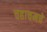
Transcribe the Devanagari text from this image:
चहाचमचे